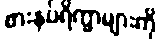
စားနပ်ရိက္ခာများကို